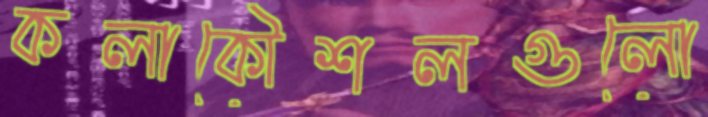
কলাকৌশলগুলো